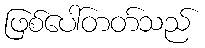
ဖြစ်ပေါ်တတ်သည်